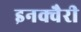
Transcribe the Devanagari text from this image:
इनक्वैरी